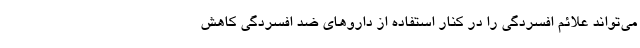
می‌تواند علائم افسردگی را در کنار استفاده از داروهای ضد افسردگی کاهش